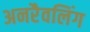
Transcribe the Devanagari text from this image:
अनरैवलिंग